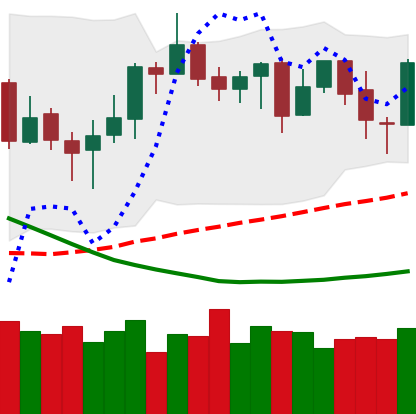
Ticker: NEO-USD
Chart end date: 2019-03-27
Forward return: 6.412%
Label: up_5_7